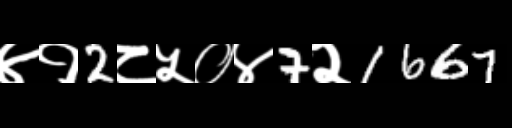
Text: ४१2८५०४7२1667